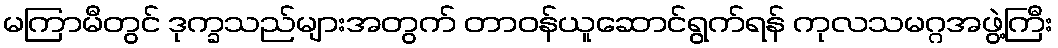
မကြာမီတွင် ဒုက္ခသည်များအတွက် တာဝန်ယူဆောင်ရွက်ရန် ကုလသမဂ္ဂအဖွဲ့ကြီး